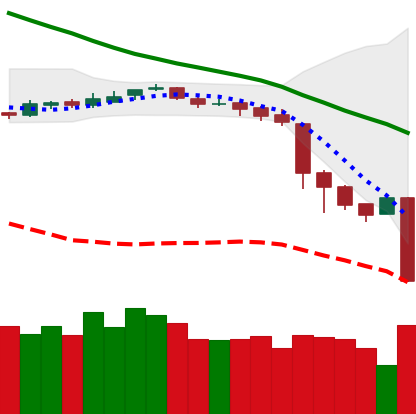
Ticker: BNB-USD
Chart end date: 2018-11-19
Forward return: -22.871%
Label: down_7plus